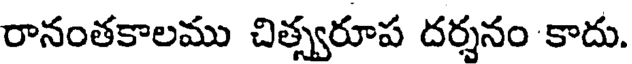
రానంతకాలము చిత్స్వరూప దర్శనం కాదు.